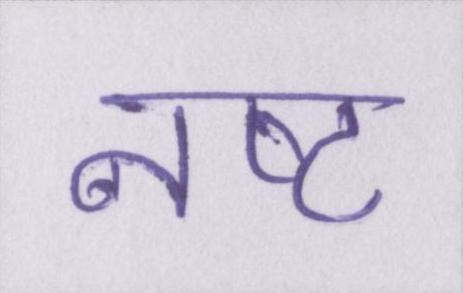
नष्ट